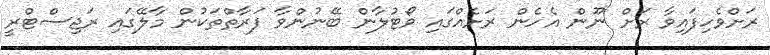
ރަށްވެހިފައިވާ ރަށް ނޫން އެހެން ރަށެއްގައި ވޯޓުލާން ބޭނުންވާ ފަރާތްތަކުން މާލޭގައި ރަޖިސްޓްރީ